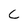
Character: C